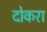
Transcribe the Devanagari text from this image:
दोकरा